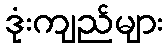
ဒုံးကျည်များ